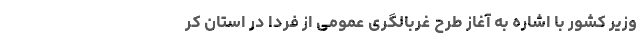
وزیر کشور با اشاره به آغاز طرح غربالگری عمومی از فردا در استان کر